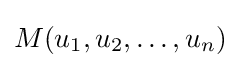
M(u_{1},u_{2},\dots ,u_{n})